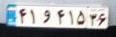
۴۱و۴۱۵۳۶